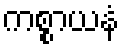
ကစ္စာယနံ